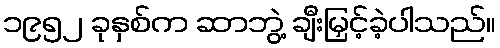
၁၉၅၂ ခုနှစ်က ဆာဘွဲ့ ချီးမြှင့်ခဲ့ပါသည်။